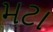
મટા